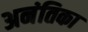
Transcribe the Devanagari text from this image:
अनंतिका